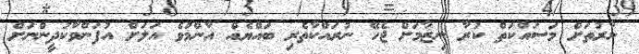
ނާރުތަށް މަސައްކަތް ކުރާ ނިޒާމަށް ޖެހޭ ނުރައްކާތެރި ބައްޔެއް އާންމުވެ އަލަށް އުފަންވާކުދީންނަށް